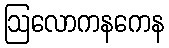
ဩလောကနကေန